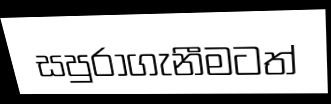
සපුරාගැනීමටත්